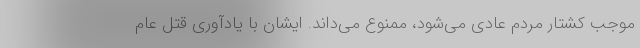
موجب کشتار مردم عادی می‌شود، ممنوع می‌داند. ایشان با یادآوری قتل عام